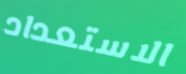
الاستعداد